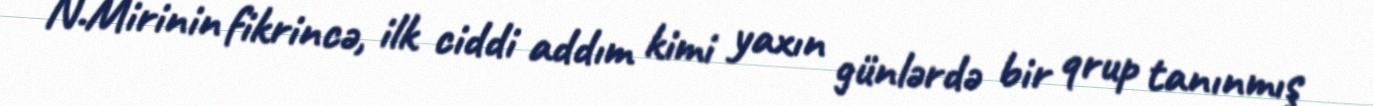
N.Mirinin fikrincə, ilk ciddi addım kimi yaxın günlərdə bir qrup tanınmış